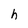
Character: h